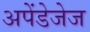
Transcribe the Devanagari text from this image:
अपेंडेजेज